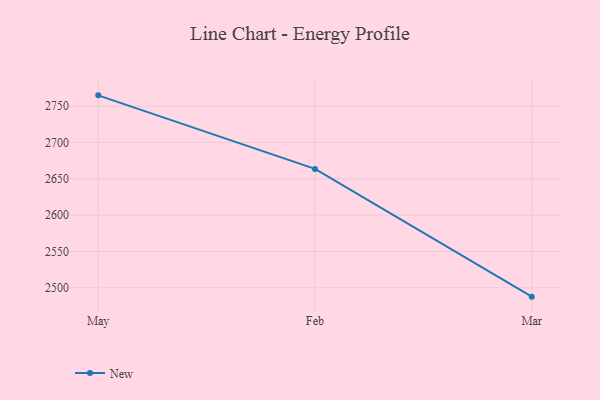
{"axis": {"x": "Month", "y": "Operating Costs (USD K)"}, "legend": ["New"], "data": [{"x": "May", "y": 2764.7, "type": "New"}, {"x": "Feb", "y": 2663.5, "type": "New"}, {"x": "Mar", "y": 2487.8, "type": "New"}]}